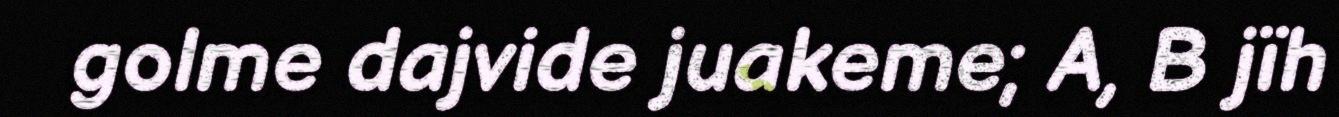
golme dajvide juakeme; A, B jïh